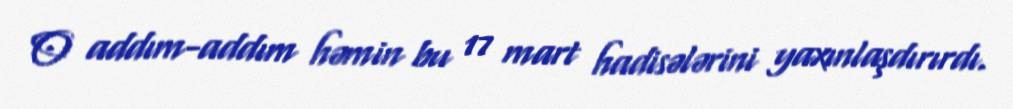
O addım-addım həmin bu 17 mart hadisələrini yaxınlaşdırırdı.